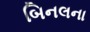
બિનલના